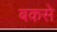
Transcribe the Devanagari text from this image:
बकसे